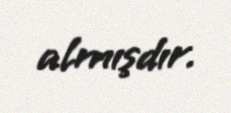
almışdır.